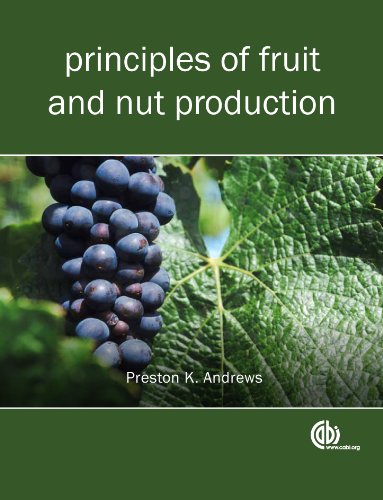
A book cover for Principles of Fruit and Nut Production (Modular Texts Series); Preston K. Andrews; Science & Math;